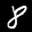
Label: 8